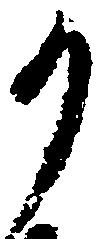
か